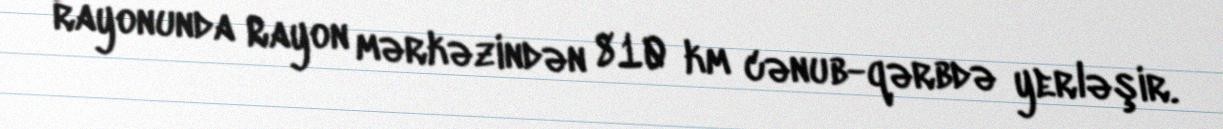
rayonunda Rayon mərkəzindən 810 km cənub-qərbdə yerləşir.